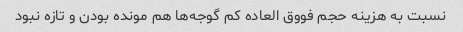
نسبت به هزینه حجم فووق العاده کم گوجه‌ها هم مونده بودن و تازه نبود